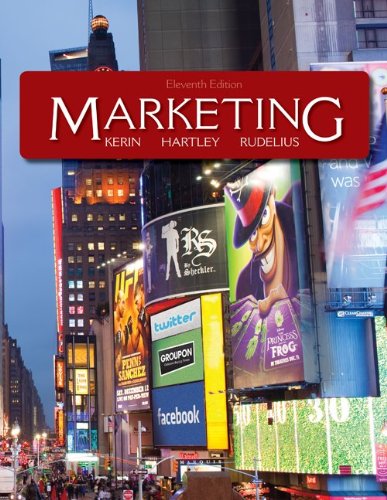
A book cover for Marketing; Roger Kerin; Business & Money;